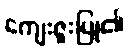
ကျေးဇူးပြု၏